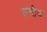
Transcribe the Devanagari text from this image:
संगीय